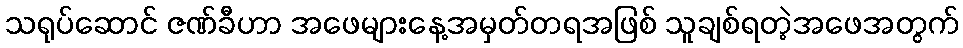
သရုပ်ဆောင် ဇဏ်ခီဟာ အဖေများနေ့အမှတ်တရအဖြစ် သူချစ်ရတဲ့အဖေအတွက်